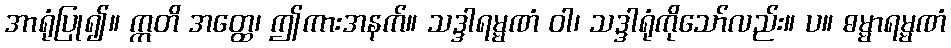
အာရုံပြု၍။ ဣတိ အတ္ထေ၊ ဤကားအနက်။ သဒ္ဒါရမ္မဏံ ဝါ၊ သဒ္ဒါရုံကိုသော်လည်း။ ပ။ ဓမ္မာရမ္မဏံ